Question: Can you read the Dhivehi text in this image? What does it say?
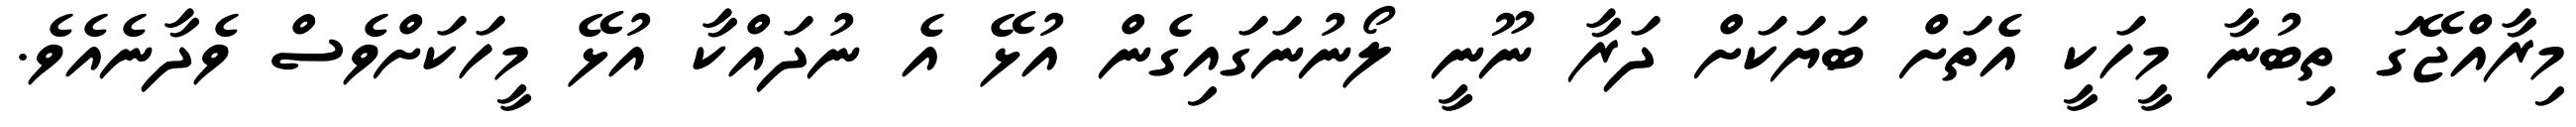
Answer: މިރާއްޖޭގަ ތިބުނާ މީހަކީ އެތަށް ބަޔަކަށް ދަރާ ނޫނީ ލޯނުނަގައިގެން އުޅޭ އެ ނުދައްކާ އުޅޭ މީހަކަށްވެސް ވެދާނެއެވެ.